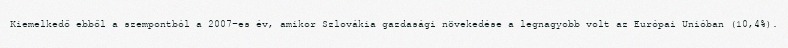
Kiemelkedő ebből a szempontból a 2007-es év, amikor Szlovákia gazdasági növekedése a legnagyobb volt az Európai Unióban (10,4%).